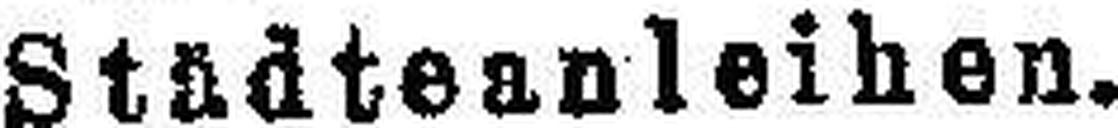
Städteanleihen